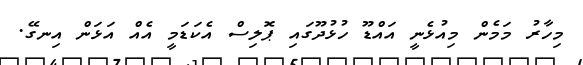
މިހާރު މަމެން މިއުޅެނީ އައްޑޫ ހުޅުދޫގައި ޕޮލިސް އެކަޑަމީ އެއް އަޅަން އިނގޭ.